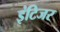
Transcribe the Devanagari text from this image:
इंटिजर